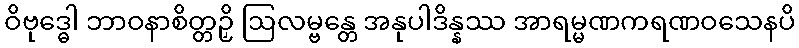
ဝိဗုဒ္ဓေါ ဘာဝနာစိတ္တဉှိ ဩလမ္ဗန္တေ အနုပါဒိန္နဿ အာရမ္မဏကရဏဝသေနပိ